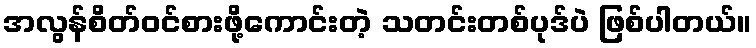
အလွန်စိတ်ဝင်စားဖို့ကောင်းတဲ့ သတင်းတစ်ပုဒ်ပဲ ဖြစ်ပါတယ်။